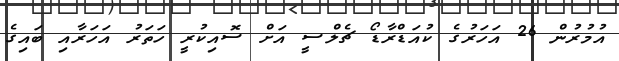
އުމުރުން 26 އަހަރުގެ ކުއަޑްރާޑޯ ޗެލްސީ އަށް ސޮއިކުރީ ހަތަރު އަހަރާއި ބައިގެ